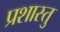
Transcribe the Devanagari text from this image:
प्रशास्तु